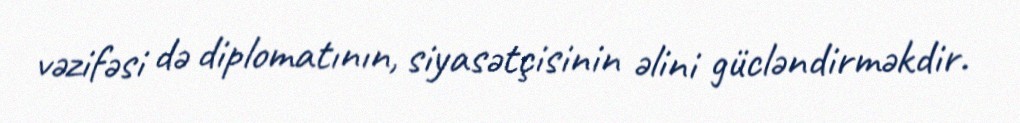
vəzifəsi də diplomatının, siyasətçisinin əlini gücləndirməkdir.